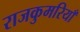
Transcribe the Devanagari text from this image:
राजकुमरियाँ